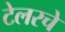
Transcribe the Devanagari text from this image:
टेलरचे